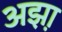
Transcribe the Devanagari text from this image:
अझ़ा